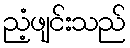
ညံ့ဖျင်းသည်